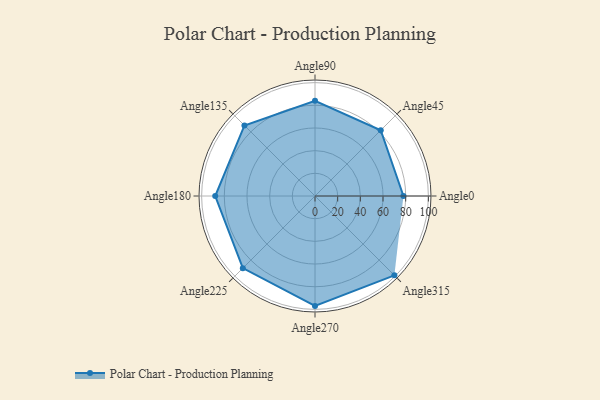
{"axis": {"x": "Angle", "y": "Radius"}, "legend": [""], "data": [{"x": "Angle0", "y": 78.0, "type": ""}, {"x": "Angle45", "y": 82.0, "type": ""}, {"x": "Angle90", "y": 84.0, "type": ""}, {"x": "Angle135", "y": 88.0, "type": ""}, {"x": "Angle180", "y": 88.0, "type": ""}, {"x": "Angle225", "y": 90.0, "type": ""}, {"x": "Angle270", "y": 97.0, "type": ""}, {"x": "Angle315", "y": 99.0, "type": ""}]}